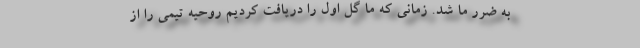
به ضرر ما شد. زمانی که ما گل اول را دریافت کردیم روحیه تیمی را از